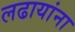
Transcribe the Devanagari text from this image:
लढायांना